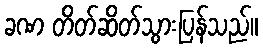
ခဏ တိတ်ဆိတ်သွားပြန်သည်။